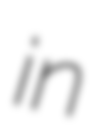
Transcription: in